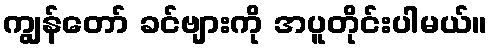
ကျွန်တော် ခင်ဗျားကို အပူတိုင်းပါမယ်။